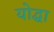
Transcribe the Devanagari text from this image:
योद्घा